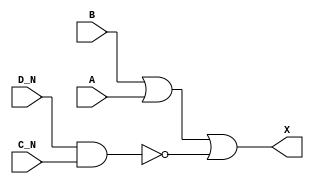
/*
 * Copyright 2020 The SkyWater PDK Authors
 *
 * Licensed under the Apache License, Version 2.0 (the "License");
 * you may not use this file except in compliance with the License.
 * You may obtain a copy of the License at
 *
 *     https://www.apache.org/licenses/LICENSE-2.0
 *
 * Unless required by applicable law or agreed to in writing, software
 * distributed under the License is distributed on an "AS IS" BASIS,
 * WITHOUT WARRANTIES OR CONDITIONS OF ANY KIND, either express or implied.
 * See the License for the specific language governing permissions and
 * limitations under the License.
 *
 * SPDX-License-Identifier: Apache-2.0
*/


`ifndef SKY130_FD_SC_HDLL__OR4BB_BEHAVIORAL_V
`define SKY130_FD_SC_HDLL__OR4BB_BEHAVIORAL_V

/**
 * or4bb: 4-input OR, first two inputs inverted.
 *
 * Verilog simulation functional model.
 */

`timescale 1ns / 1ps
`default_nettype none

`celldefine
module sky130_fd_sc_hdll__or4bb (
    X  ,
    A  ,
    B  ,
    C_N,
    D_N
);

    // Module ports
    output X  ;
    input  A  ;
    input  B  ;
    input  C_N;
    input  D_N;

    // Module supplies
    supply1 VPWR;
    supply0 VGND;
    supply1 VPB ;
    supply0 VNB ;

    // Local signals
    wire nand0_out;
    wire or0_out_X;

    //   Name   Output     Other arguments
    nand nand0 (nand0_out, D_N, C_N       );
    or   or0   (or0_out_X, B, A, nand0_out);
    buf  buf0  (X        , or0_out_X      );

endmodule
`endcelldefine

`default_nettype wire
`endif  // SKY130_FD_SC_HDLL__OR4BB_BEHAVIORAL_V